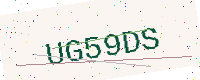
Text: UG59DS